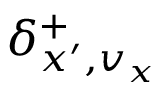
\delta _ { x ^ { \prime } , v _ { x } } ^ { + }